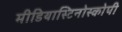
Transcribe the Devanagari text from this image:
मीडियास्टिनोस्कोपी